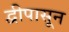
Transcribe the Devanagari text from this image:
द्वीपासून